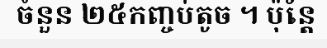
ចំនួន ២៥កញ្ចប់តូច ។ ប៉ុន្តែ